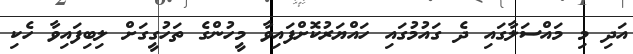
އަދި މި މައްސަލާގައި ދެ ގައުމުގައި ހައްޔަރުކޮށްފައިވާ މީހުންގެ ތަހުގީގަށް ލިބިފައިވާ ހެކި